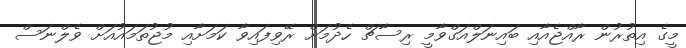
މީގެ އިތުރުން ރާއްޖެއާއި ބައިނަލްއަގްވާމީ ރިސާޗް ހެދުމަށް ރޭވިފައިވާ ކަމަށާއި މުޖުތަމައުއަށް ވެލްނަސް